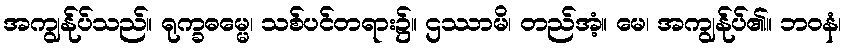
အကျွန်ုပ်သည်။ ရုက္ခဓမ္မေ၊ သစ်ပင်တရား၌။ ဌဿာမိ၊ တည်အံ့။ မေ၊ အကျွန်ုပ်၏။ ဘဝနံ၊